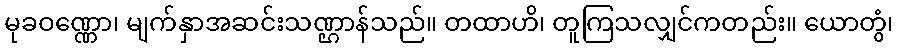
မုခဝဏ္ဏော၊ မျက်နှာအဆင်းသဏ္ဌာန်သည်။ တထာဟိ၊ တူကြသလျှင်ကတည်း။ ယောတွံ၊